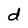
Character: d